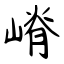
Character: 嵴